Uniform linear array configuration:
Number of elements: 24
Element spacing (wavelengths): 0.75
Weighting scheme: hann
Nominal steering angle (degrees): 15
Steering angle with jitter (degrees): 13.115
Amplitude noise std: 0.05
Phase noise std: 0.05

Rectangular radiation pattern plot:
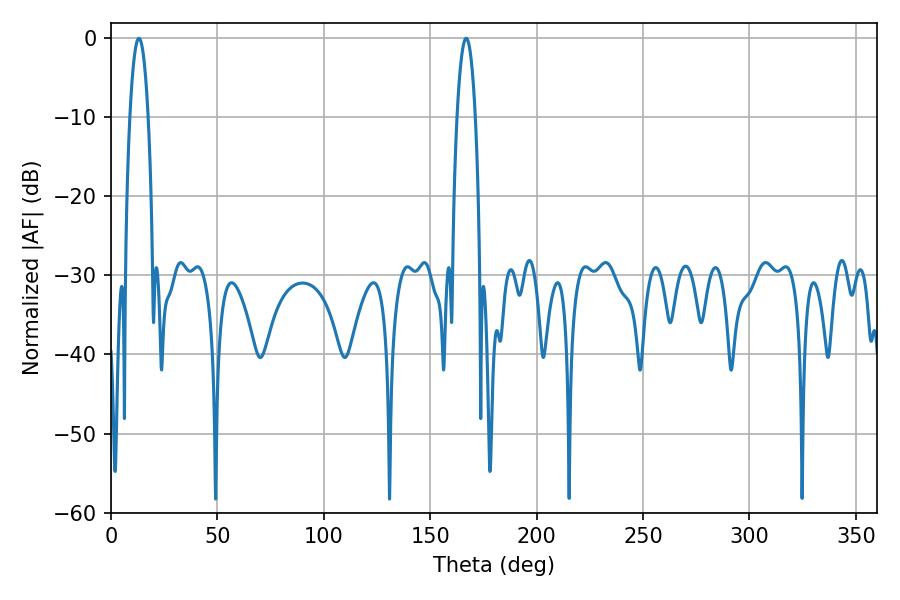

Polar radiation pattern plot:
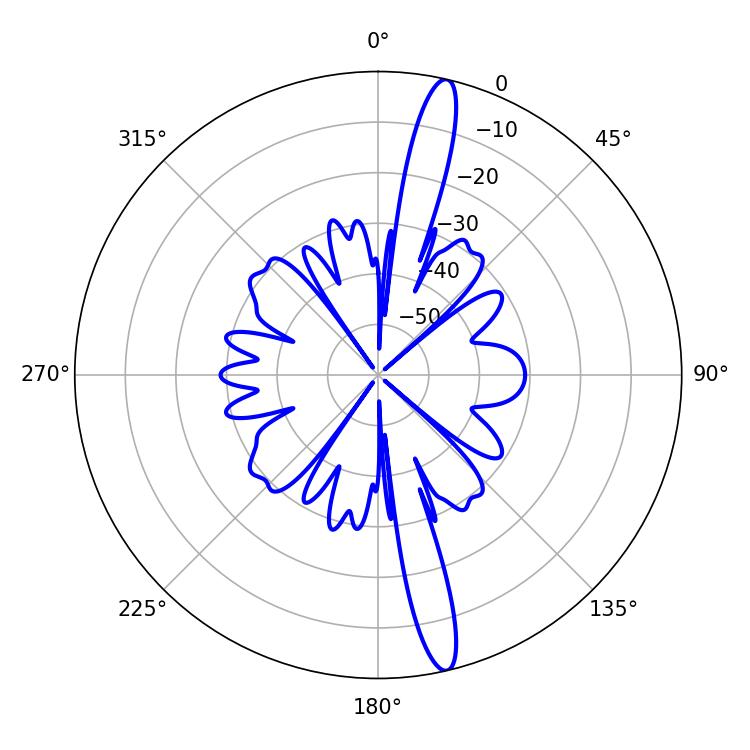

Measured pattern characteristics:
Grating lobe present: TRUE
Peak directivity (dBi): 16.96
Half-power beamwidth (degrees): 4.68
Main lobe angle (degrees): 13.14